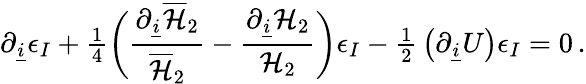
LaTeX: \partial_{\underline{{i}}}\epsilon_{I}+{\textstyle\frac{1}{4}}\biggl({\frac{\partial_{\underline{{i}}}{\overline{{{\cal H}}}_{2}}}{\overline{{{\cal H}}}_{2}}}-{\frac{\partial_{\underline{{i}}}{\cal H}_{2}}{{\cal H}_{2}}}\biggr)\epsilon_{I}-{\textstyle\frac{1}{2}}\left(\partial_{\underline{{i}}}U\right)\epsilon_{I}=0\, .